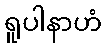
ရူပါနာဟံ